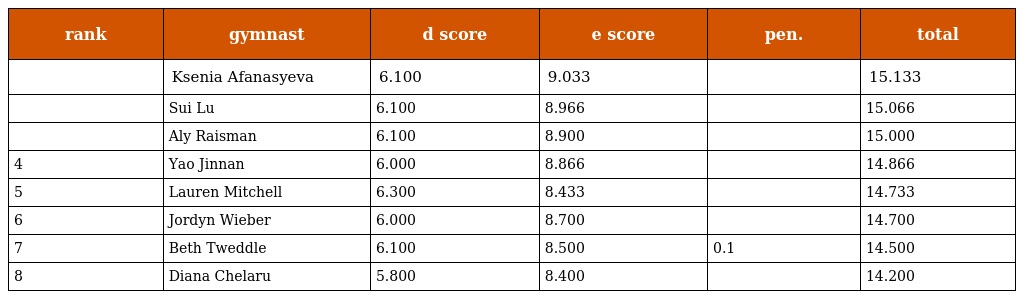
| rank | gymnast | d score | e score | pen. | total |
 | --- | --- | --- | --- | --- | --- |
 |  | Ksenia Afanasyeva | 6.100 | 9.033 |  | 15.133 |
 |  | Sui Lu | 6.100 | 8.966 |  | 15.066 |
 |  | Aly Raisman | 6.100 | 8.900 |  | 15.000 |
 | 4 | Yao Jinnan | 6.000 | 8.866 |  | 14.866 |
 | 5 | Lauren Mitchell | 6.300 | 8.433 |  | 14.733 |
 | 6 | Jordyn Wieber | 6.000 | 8.700 |  | 14.700 |
 | 7 | Beth Tweddle | 6.100 | 8.500 | 0.1 | 14.500 |
 | 8 | Diana Chelaru | 5.800 | 8.400 |  | 14.200 |